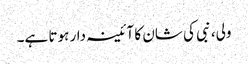
ولی، نبی کی شان کا آئینہ دار ہوتا ہے۔